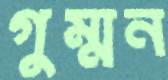
গুম্মন